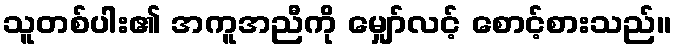
သူတစ်ပါး၏ အကူအညီကို မျှော်လင့် စောင့်စားသည်။